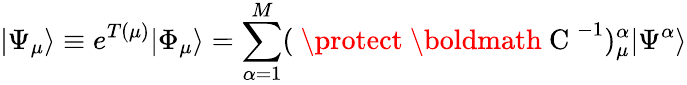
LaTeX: |\Psi_{\mu}\rangle\equiv e^{T(\mu)}|\Phi_{\mu}\rangle=\sum_{\alpha=1}^{M}(\mathrm{~\protect~\boldmath~C~}^{-1})_{\mu}^{\alpha}|\Psi^{\alpha}\rangle